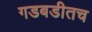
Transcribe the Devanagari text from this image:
गडबडीतच